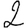
Digit: 2